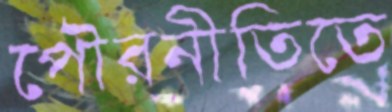
পৌরনীতিতে